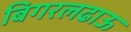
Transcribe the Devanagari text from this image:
बिगरलढाऊ